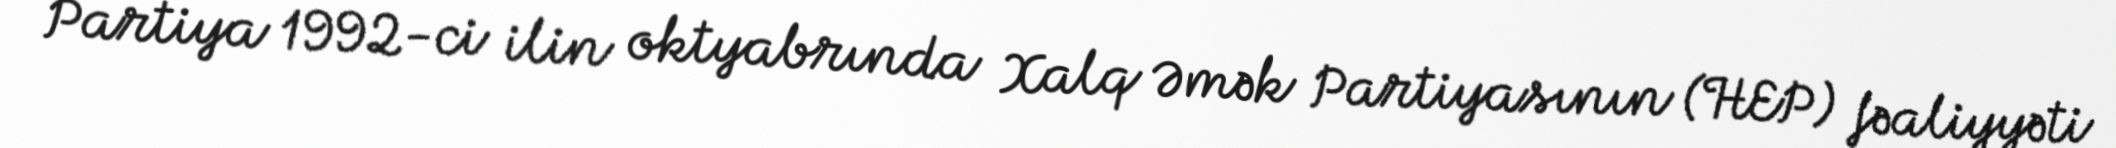
Partiya 1992-ci ilin oktyabrında Xalq Əmək Partiyasının (HEP) fəaliyyəti